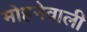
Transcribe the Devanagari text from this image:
मोहनेवाली